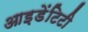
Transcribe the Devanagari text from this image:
आइ़डेंटिटी